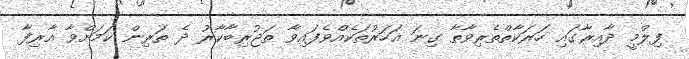
ފިލްމީ ދާއިރާގައި ހަރަކާތްތެރިވާތާ ގިނަ އަހަރުތަކެއްވެފައިވާ ތަޖުރިބާކާރު ދެ ތަރިން ކަމަށްވާ އާރިފާ